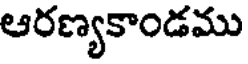
ఆరణ్యకాండము